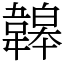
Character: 韟